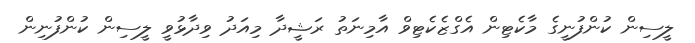
ލީސިން ކުންފުނީގެ މާކެޓިން އެގްޒެކެޓިވް އާމިނަތު ރަޝީދާ މިއަދު ވިދާޅުވީ ލީސިން ކުންފުނިން